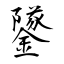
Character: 鐆